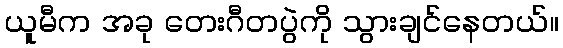
ယူမီက အခု တေးဂီတပွဲကို သွားချင်နေတယ်။